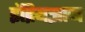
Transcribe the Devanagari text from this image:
इंद्रियज्ञान